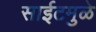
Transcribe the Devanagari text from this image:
साईटमुळे